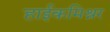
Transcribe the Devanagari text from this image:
हाईकमिश्नर